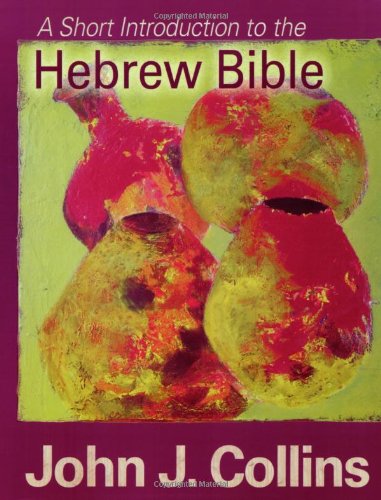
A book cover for A Short Introduction to the Hebrew Bible; John J. Collins; Christian Books & Bibles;